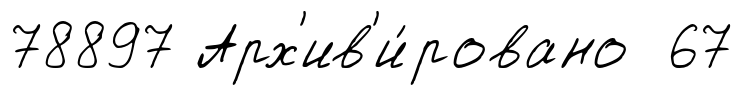
78897 Арх'ив'и́ровано 67